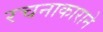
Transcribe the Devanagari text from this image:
रचनाकाराने